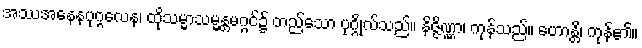
အဿအနေနပုဂ္ဂလေန၊ ထိုသမ္မာသမ္မန္တမဂ္ဂင်၌ တည်သော ပုဂ္ဂိုလ်သည်။ နိဇ္ဇိဏ္ဏာ၊ ကုန်သည်။ ဟောန္တိ၊ ကုန်၏။